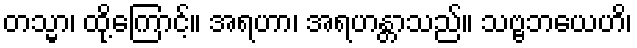
တသ္မာ၊ ထို့ကြောင့်။ အရဟာ၊ အရဟန္တာသည်။ သဗ္ဗဘယေဟိ၊